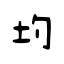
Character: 圴